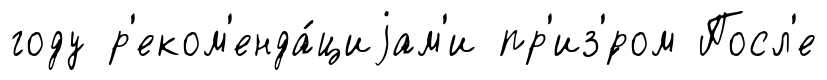
году р'еком'енда́циjам'и пр'из'́ром Посл'е